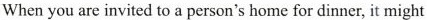
When you are invited to a person's home for dinner, it might